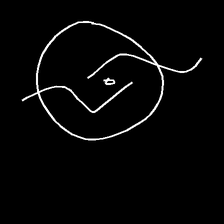
Glyph: repetition